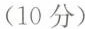
(10分)